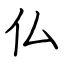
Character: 仏